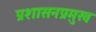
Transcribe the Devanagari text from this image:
प्रशासनप्रमुख